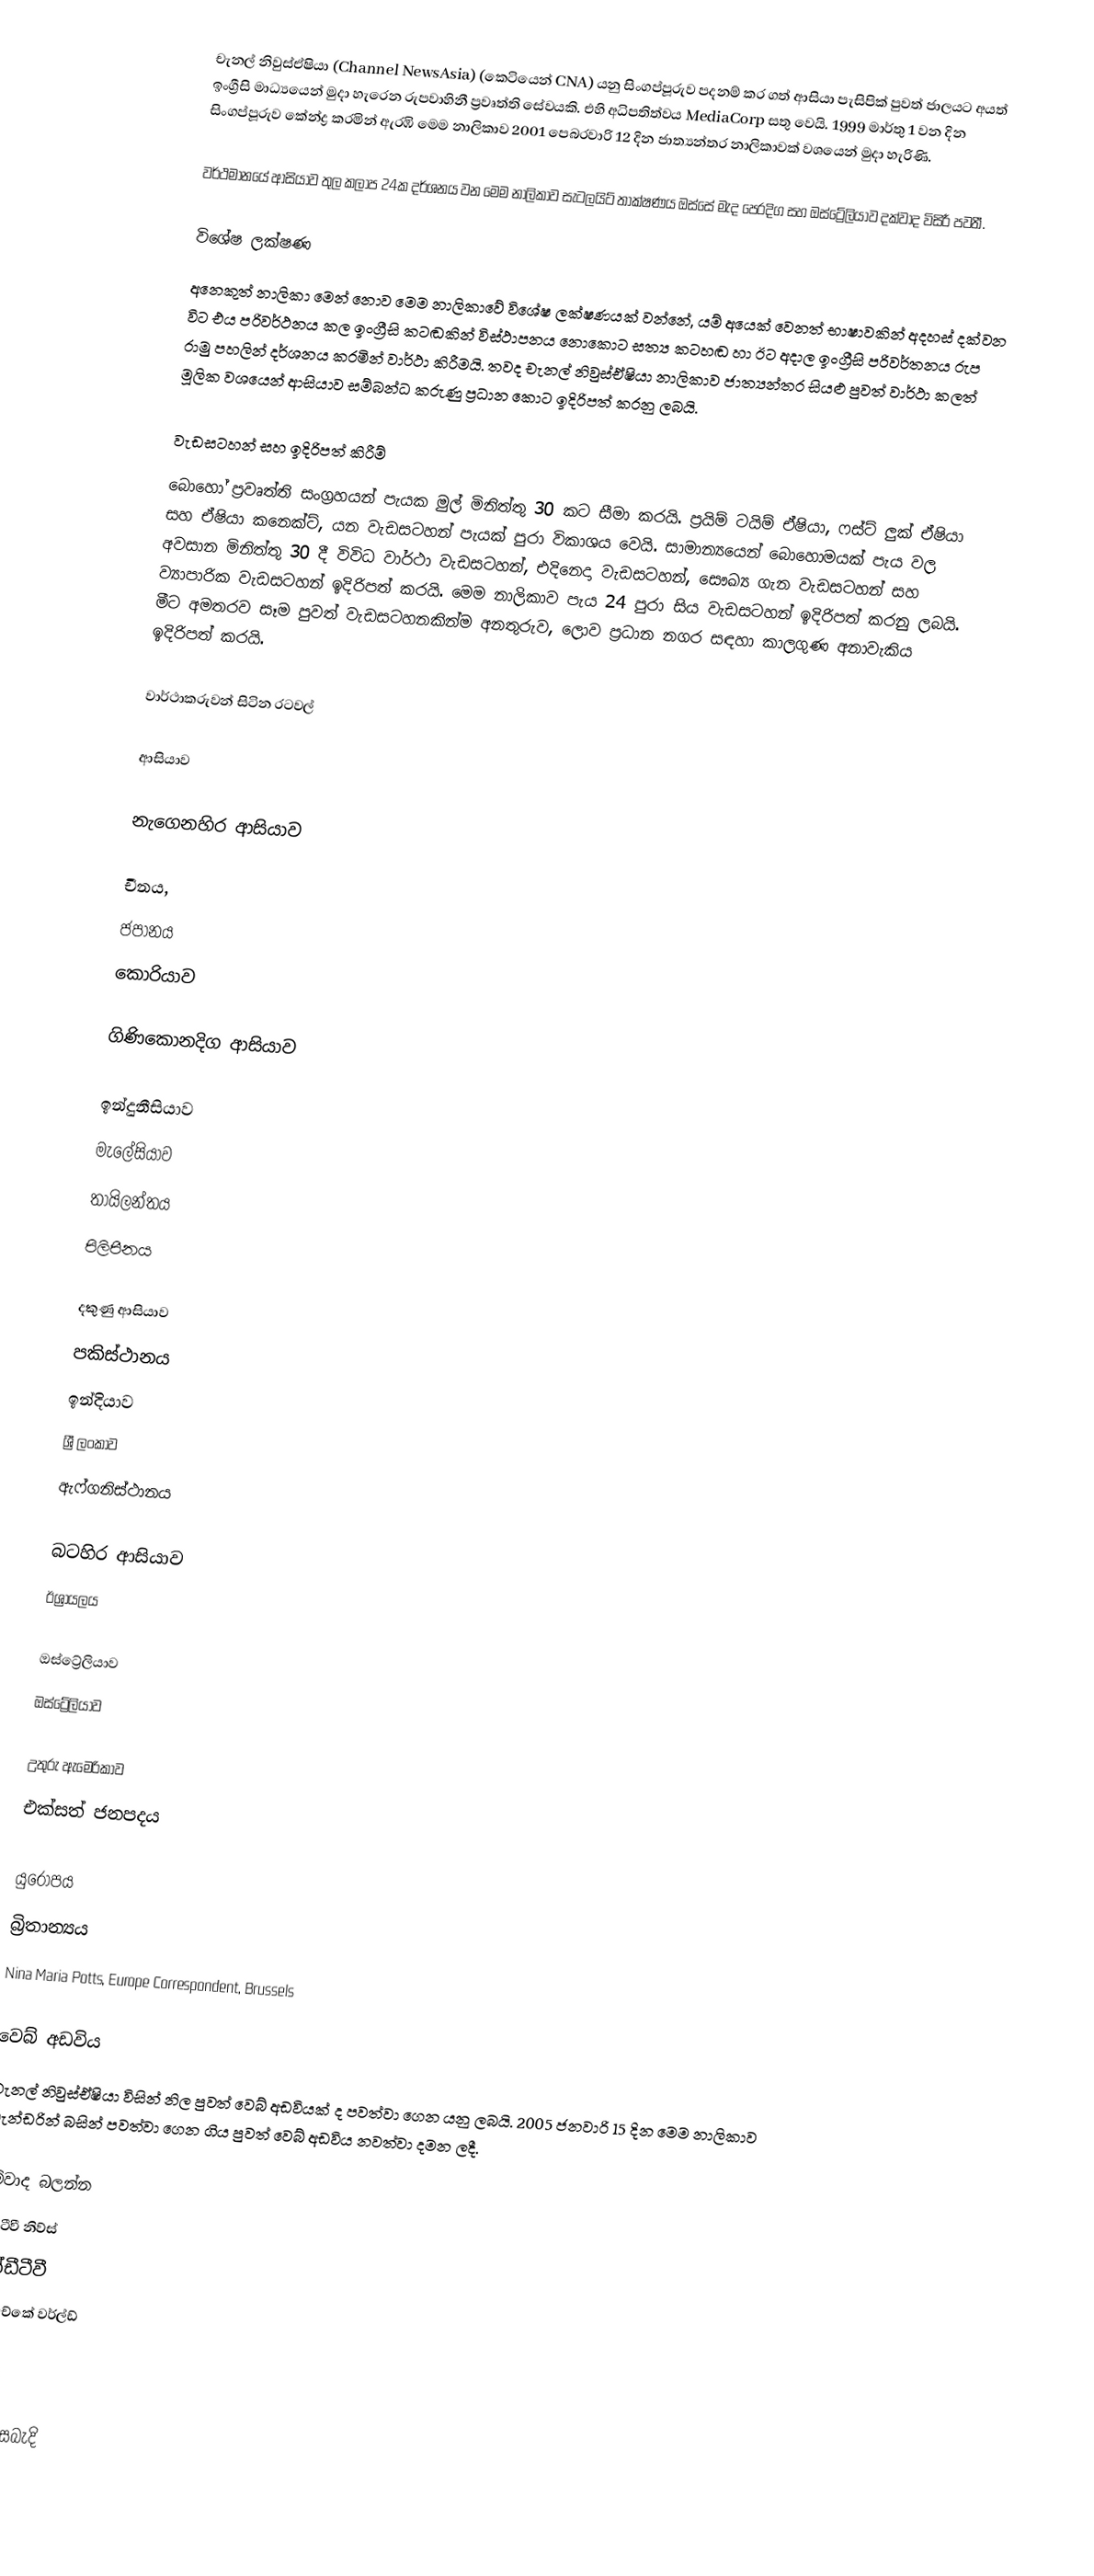
චැනල් නිවුස්ඒෂියා (Channel NewsAsia) (කෙටියෙන් CNA) යනු සිංගප්පූරුව පදනම් කර ගත් ආසියා පැසිපික් පුවත් ජාලයට අයත් ඉංග්‍රීසි මාධ්‍යයෙන් මුදා හැරෙන රුපවාහිනී ප්‍රවෘත්ති සේවයකි. එහි අධිපතිත්වය MediaCorp සතු වෙයි. 1999 මාර්තු 1 වන දින සිංගප්පූරුව කේන්ද්‍ර කරමින් ඇරඹි මෙම නාලිකාව 2001 පෙබරවාරි 12 දින ජාත්‍යන්තර නාලිකාවක් වශයෙන් මුදා හැරිණි.

වර්ථමානයේ ආසියාව තුල කලාප 24ක දර්ශනය වන මෙම නාලිකාව සැටලයිට් තාක්ෂණය ඔස්සේ මැද පෙරදිග සහ ඔස්ට්‍රේලියාව දක්වාද විසිරී පවතී.

විශේෂ ලක්ෂණ
අනෙකුත් නාලිකා මෙන් නොව මෙම නාලිකාවේ විශේෂ ලක්ෂණයක් වන්නේ, යම් අයෙක් වෙනත් භාෂාවකින් අදහස් දක්වන විට එය පරිවර්ථනය කල ඉංග්‍රීසි කටඬකින් විස්ථාපනය නොකොට සත්‍ය කටහඬ හා ඊට අදාල ඉංග්‍රීසි පරිවර්තනය රුප රාමු පහලින් දර්ශනය කරමින් වාර්ථා කිරීමයි. තවද චැනල් නිවුස්ඒෂියා නාලිකාව ජාත්‍යන්තර සියළු පුවත් වාර්ථා කලත් මූලික වශයෙන් ආසියාව සම්බන්ධ කරුණු ප්‍රධාන කොට ඉදිරිපත් කරනු ලබයි.

වැඩසටහන් සහ ඉදිරිපත් කිරීම්
බොහෝ ප්‍රවෘත්ති සංග්‍රහයන් පැයක මුල් මිනිත්තු 30 කට සීමා කරයි. ප්‍රයිම් ටයිම් ඒෂියා, ෆස්ට් ලුක් ඒෂියා සහ ඒෂියා කනෙක්ට්,  යන වැඩසටහන් පැයක් පුරා විකාශය වෙයි. සාමාන්‍යයෙන් බොහොමයක් පැය වල අවසාන මිනිත්තු 30 දී විවිධ වාර්ථා වැඩසටහන්, එදිනෙදා වැඩසටහන්, සෞඛ්‍ය ගැන වැඩසටහන් සහ ව්‍යාපාරික වැඩසටහන් ඉදිරිපත් කරයි. මෙම නාලිකාව පැය 24 පුරා සිය වැඩසටහන් ඉදිරිපත් කරනු ලබයි. මීට අමතරව සෑම පුවත් වැඩසටහනකින්ම අනතුරුව, ලොව ප්‍රධාන නගර සඳහා කාලගුණ අනාවැකිය ඉදිරිපත් කරයි.

වාර්ථාකරුවන් සිටින රටවල්

ආසියාව

නැගෙනහිර ආසියාව

 චීනය,
 ජපානය
 කොරියාව

ගිණිකොනදිග ආසියාව

 ඉන්දුනීසියාව
 මැලේසියාව
 තායිලන්තය
 පිලිපීනය

දකුණු ආසියාව
 පකිස්ථානය
 ඉන්දියාව
 ශ්‍රී ලංකාව
 ඇෆ්ගනිස්ථානය

බටහිර ආසියාව
 ඊශ්‍රායලය

ඔස්ට්‍රේලියාව
 ඔස්ට්‍රේලියාව

උතුරු ඇමෙරිකාව
 එක්සත් ජනපදය

යුරෝපය
 බ්‍රිතාන්‍යය
 Nina Maria Potts, Europe Correspondent, Brussels

වෙබ් අඩවිය
චැනල් නිවුස්ඒෂියා විසින් නිල පුවත් වෙබ් අඩවියක් ද පවත්වා ගෙන යනු ලබයි. 2005 ජනවාරි 15 දින මෙම නාලිකාව මැන්ඩරින් බසින් පවත්වා ගෙන ගිය පුවත් වෙබ් අඩවිය නවත්වා දමන ලදී.

මේවාද බලන්න
සීසීටීවී නිව්ස්
එන්ඩීටීවී
එන්එච්කේ වර්ල්ඩ්

මූලාශ්‍ර

භාහිර සබැදි